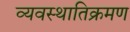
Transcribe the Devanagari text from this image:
व्यवस्थातिक्रमण